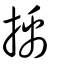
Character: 𢯺